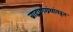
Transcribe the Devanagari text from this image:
ब्राह्मणग्रंथांवरून